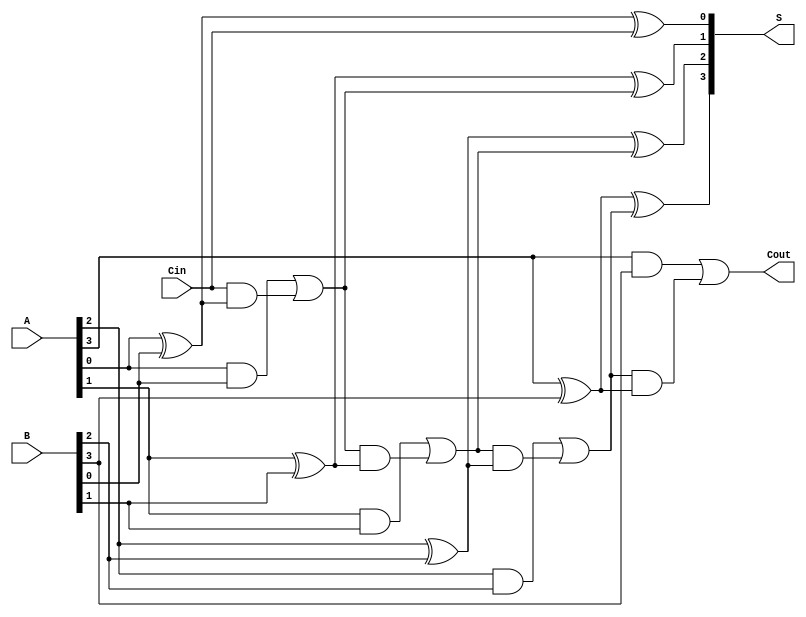
module ParallelFullAdder #(parameter n = 4) (
    input  [n-1:0] A,     // n-bit input A
    input  [n-1:0] B,     // n-bit input B
    input         Cin,     // Carry-in for the least significant bit
    output [n-1:0] S,      // n-bit sum output
    output        Cout      // Carry-out for the most significant bit
);

    // Internal carry for each bit
    wire [n:0] carry;      // carry[n] is the carry out of the last bit

    assign carry[0] = Cin; // The carry input for the LSB full adder

    // Generate the full adder for each bit
    genvar i;
    generate
        for(i = 0; i < n; i = i + 1) begin: full_adder
            assign S[i] = A[i] ^ B[i] ^ carry[i]; // Sum calculation
            assign carry[i + 1] = (A[i] & B[i]) | (carry[i] & (A[i] ^ B[i])); // Carry calculation
        end
    endgenerate

    assign Cout = carry[n]; // Final Carry-Out from the last full adder

endmodule